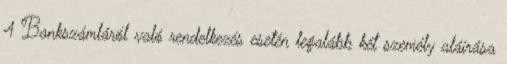
4 Bankszámláról való rendelkezés esetén legalább két személy aláírása